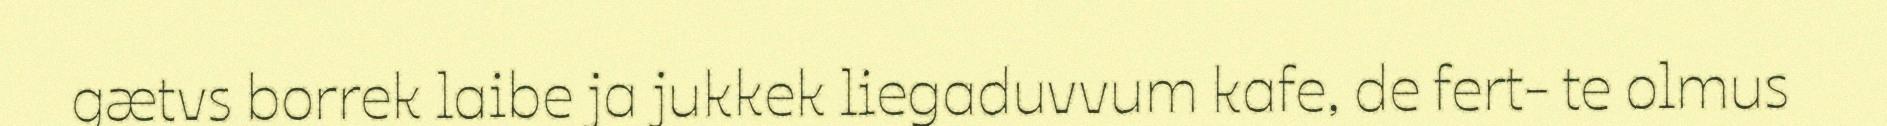
gætvs borrek laibe ja jukkek liegaduvvum kafe, de fert- te olmus